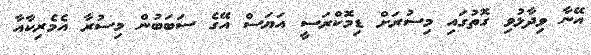
އޭނާ ވިދާޅުވި ގޮތުގައި މިސުރަށް ޑިމޮކްރަސީ އަޔަސް އޭގެ ސަބަބުން މިސުރާ އެމެރިކާއާ